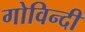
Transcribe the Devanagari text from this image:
गोविन्दी